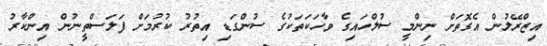
އިޒްރޭލުން އެގޮތަށް ނިންމީ ސުލްހައިގެ ވާހަކަތަކުގެ ސުންގަޑި އިތުރު ކުރުމަށް ފަލަސްތީނުން އިންކާރު